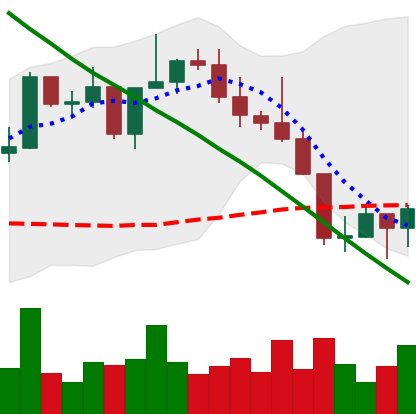
Ticker: NEO-USD
Chart end date: 2022-08-23
Forward return: -10.63%
Label: down_7plus